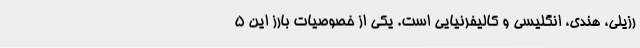
رزیلی، هندی، انگلیسی و کالیفرنیایی است‌. یکی از خصوصیات بارز این ۵